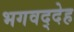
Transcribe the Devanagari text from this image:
भगवद्देह